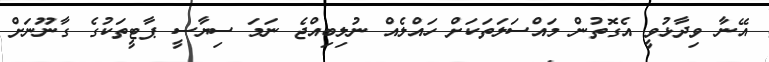
އޭނާ ވިދާޅުވީ އެގޮތުން މައްސަލަތަކަށް ހައްލެއް ނުލިބިއްޖެ ނަމަ ސިޔާސީ ޕާޓީތަކުގެ ގާނޫނަށް